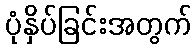
ပုံနှိပ်ခြင်းအတွက်